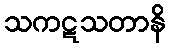
သကဋသတာနိ